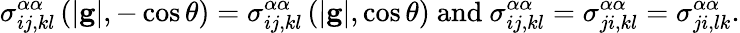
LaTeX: \sigma_{ij,kl}^{\alpha\alpha}\left(\left\vert\mathbf{g}\right\vert,-\cos\theta\right)=\sigma_{ij,kl}^{\alpha\alpha}\left(\left\vert\mathbf{g}\right\vert,\cos\theta\right)\mathrm{~and~}\sigma_{ij,kl}^{\alpha\alpha}=\sigma_{ji,kl}^{\alpha\alpha}=\sigma_{ji,lk}^{\alpha\alpha}\mathrm{.}